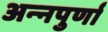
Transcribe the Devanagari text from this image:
अन्‍नपुर्णा